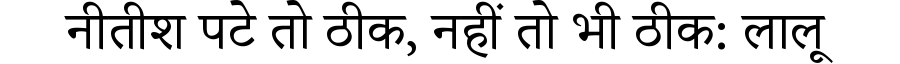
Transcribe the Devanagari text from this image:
नीतीश पटे तो ठीक, नहीं तो भी ठीक: लालू